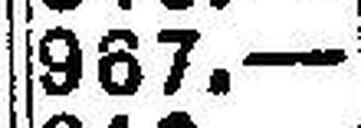
967.—